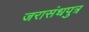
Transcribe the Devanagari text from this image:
जरासंधपुत्र